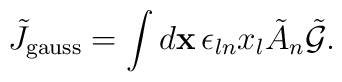
\tilde{J}_{\mbox{\scriptsize gauss}} =\int{d{\bf x}\,\epsilon_{ln}x_l\tilde{A}_n\tilde{\cal G}}.